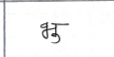
मजकूर: भु